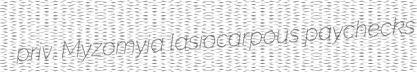
priv. Myzomyia lasiocarpous paychecks